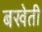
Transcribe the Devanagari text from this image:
बखेती